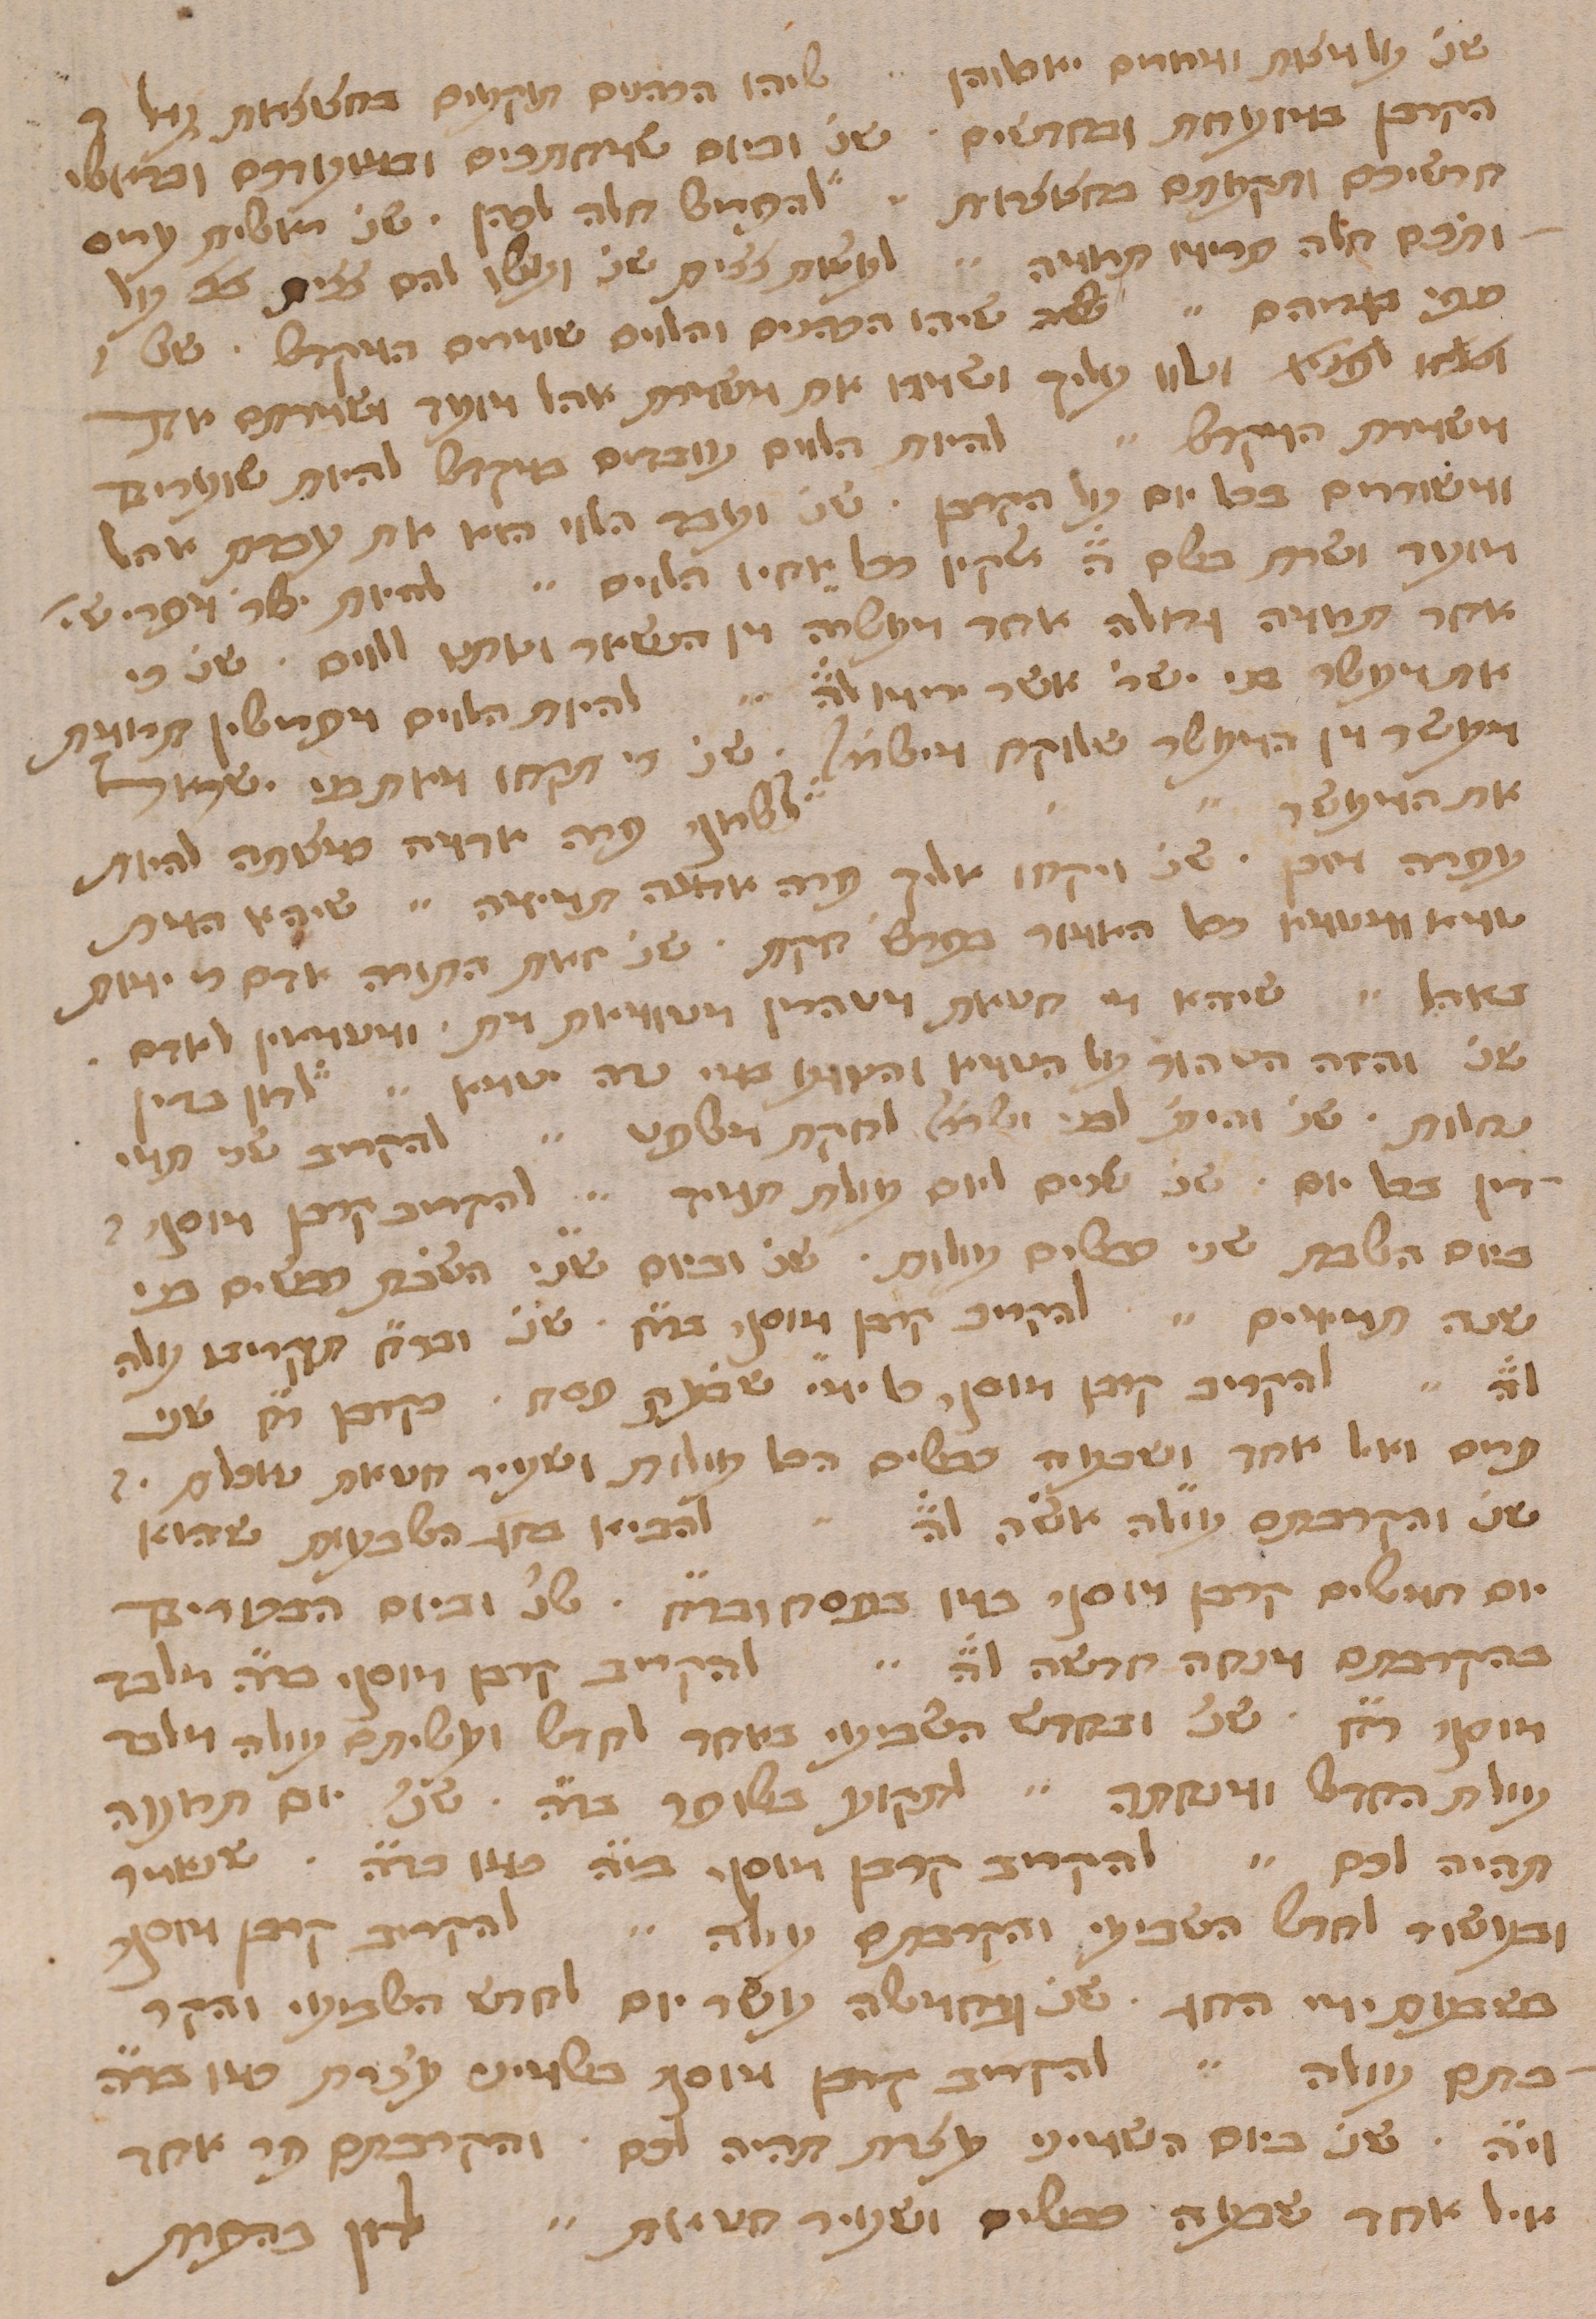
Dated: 1400–1499